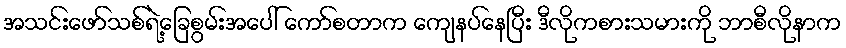
အသင်းဖော်သစ်ရဲ့ခြေစွမ်းအပေါ် ကော်စတာက ကျေနပ်နေပြီး ဒီလိုကစားသမားကို ဘာစီလိုနာက